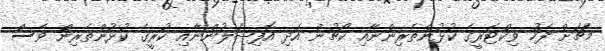
މެޗަށް ފަހު ވިކްޓަރީގެ ކުޅުންތެރިންނާއި ކޯޗުން އަދި އޮފިޝަލުންނާއި ކުރީގެ ކުޅުންތެރިން ވެސް